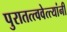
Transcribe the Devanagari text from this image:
पुरातत्त्ववेत्त्यांनी